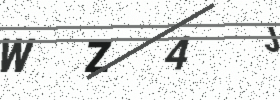
Text: WZ4J